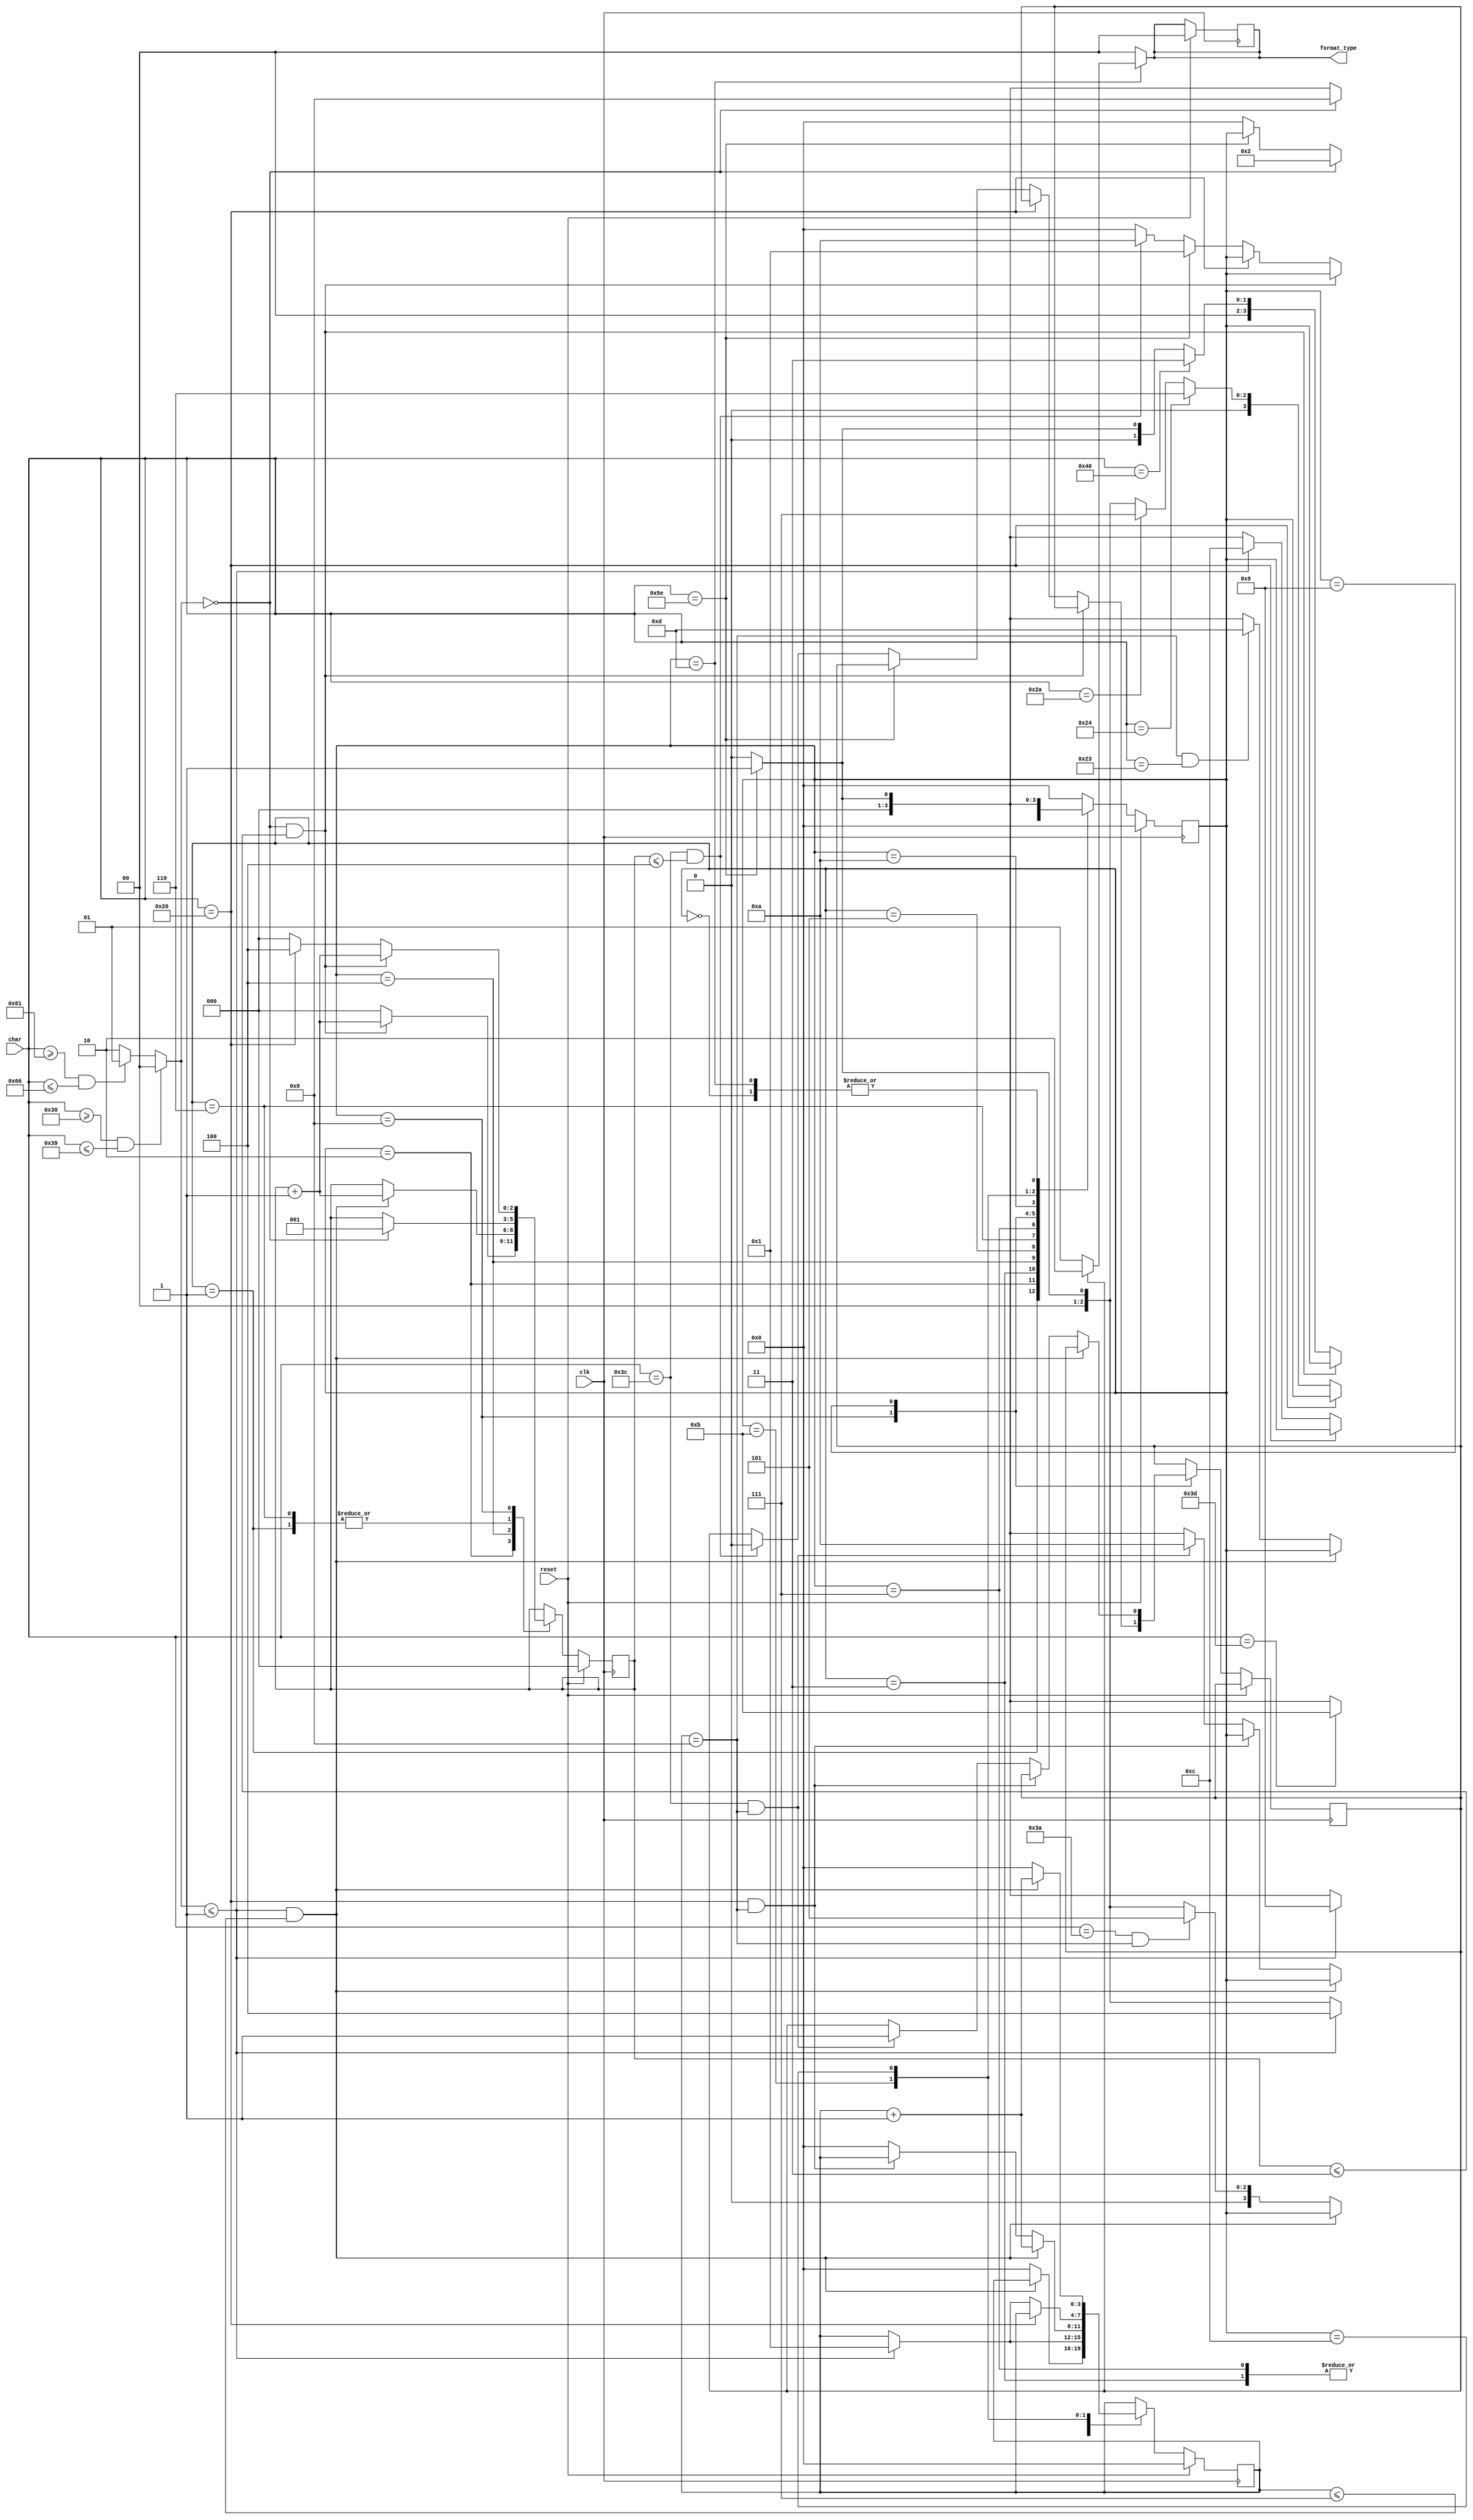
`timescale 1ns / 1ps
//////////////////////////////////////////////////////////////////////////////////
// Company: 
// Engineer: 
// 
// Design Name: 
// Module Name:    cpu_checker 
// Project Name: 
// Target Devices: 
// Tool versions: 
// Description: 
//
// Dependencies: 
//
// Revision: 
// Revision 0.01 - File Created
// Additional Comments: 
//
//////////////////////////////////////////////////////////////////////////////////
module cpu_checker (
    input            clk,
    input            reset,
    input      [7:0] char,
    output reg [1:0] format_type
);

    reg  [2:0] nDec;
    reg  [3:0] nHex;
    reg  [3:0] state;  //15
    wire [1:0] charType;
    reg        format;  //0 reg   1mem

    assign charType = (char >= "0" && char <= "9") ? 0 : (char >= "a" && char <= "f") ? 1 : 2;
    //num-0 abcdef-1 else-2

    always @(*) begin
        if (state == 13) begin
            if (format == 0) begin
                format_type = 1;
            end else begin
                format_type = 2;
            end
        end else format_type = 0;
    end

    always @(posedge clk) begin
        if (reset) begin
            format_type <= 0;
            nDec        <= 0;
            nHex        <= 0;
            state       <= 0;
        end else begin
            case (state)
                0: begin
                    if (char == "^") state <= 1;
                    else state <= 0;
                end
                1: begin  //0 in the MSB?
                    if (charType == 0) begin
                        state <= 2;
                        nDec  <= 1;
                    end else if (char == "^") begin
                        ;
                    end else begin
                        state <= 0;
                    end
                end
                2: begin
                    if (charType == 0 && nDec <= 3) begin
                        nDec = nDec + 1;
                    end else if (char == "@") begin
                        nDec  <= 0;
                        state <= 3;
                    end else if (char == "^") begin
                        nDec  <= 0;
                        state <= 1;
                    end else begin
                        nDec  <= 0;
                        state <= 0;
                    end
                end
                3: begin
                    if (charType <= 1) begin
                        nHex  <= 1;
                        state <= 4;
                    end else if (char == "^") state <= 1;
                    else begin
                        state <= 0;
                    end
                end
                4: begin
                    if (charType <= 1 && nHex <= 7) begin
                        nDec = nDec + 1;
                    end else if (char == ":" && nHex == 8) begin
                        state <= 5;
                        nHex  <= 0;
                    end else if (char == "^") begin
                        nHex  <= 0;
                        state <= 1;
                    end else begin
                        nHex  <= 0;
                        state <= 0;
                    end
                end
                5: begin
                    if (char == " ");
                    else if (char == "$") state <= 6;
                    else if (char == "*") state <= 7;
                    else if (char == "^") state <= 1;
                    else state <= 0;
                end
                6: begin
                    if (charType == 0) begin
                        nDec = 1;
                        state <= 8;
                    end else if (char == "^") state <= 1;
                    else state <= 0;
                end
                7: begin
                    if (charType <= 1) begin
                        nHex = 1;
                        state <= 9;
                    end else if (char == "^") state <= 1;
                    else state <= 0;
                end
                8: begin
                    if (charType == 0 && nDec <= 3) nDec = nDec + 1;
                    else if (char == " ") begin
                        nDec <= 4;
                    end else if (char == "^") begin
                        nDec  <= 0;
                        state <= 1;
                    end else if (char == "<" && nDec <= 4) begin
                        state  <= 10;
                        format <= 0;
                        nDec   <= 0;
                    end else begin
                        state <= 0;
                        nDec  <= 0;
                    end
                end
                9: begin
                    if (charType <= 1 && nHex <= 7) nHex = nHex + 1;
                    else if (char == " " && nHex == 8) begin
                        ;
                    end else if (char == "<" && nHex == 8) begin
                        state  <= 10;
                        format <= 1;
                        nHex   <= 0;
                    end else if (char == "^") begin
                        state <= 1;
                        nHex  <= 0;
                    end else begin
                        state <= 0;
                        nHex  <= 0;
                    end
                end
                10: begin
                    if (char == "=") state <= 11;
                    else if (char == "^") state <= 1;
                    else state <= 0;
                end
                11: begin
                    if (char == " ") begin
                        ;
                    end else if (charType <= 1) begin
                        nHex  <= 1;
                        state <= 12;
                    end else if (char == "^") state <= 1;
                    else state <= 0;
                end
                12: begin
                    if (charType <= 1 && nHex <= 7) nHex <= nHex + 1;
                    else if (nHex == 8 && char == "#") begin
                        state <= 13;
                        nHex  <= 0;
                    end else if (char == "^") begin
                        state <= 1;
                        nHex  <= 0;
                    end else begin
                        state <= 0;
                        nHex  <= 0;
                    end
                end
                13: begin
                    if (char == "^") state <= 1;
                    else state <= 0;
                end
                default: state <= 0;
            endcase
        end
    end
endmodule